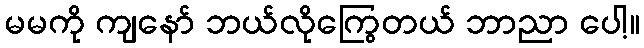
မမကို ကျနော် ဘယ်လိုကြွေတယ် ဘာညာ ပေါ့။